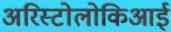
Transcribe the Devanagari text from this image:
अरिस्टोलोकिआई